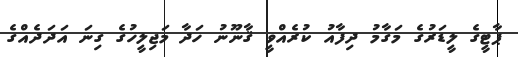
ޕާޓީގެ ލީޑަރުގެ މަގާމު ދިފާއު ކުރެއްވީ ޤާނޫނު ހަދާ މަޖިލީހުގެ ގިނަ އަދަދެއްގެ